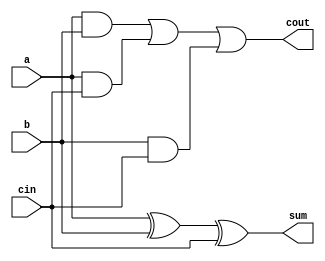
module fulladd(input wire a, b, cin, output wire sum, cout);
wire [4:0] t;
xor x0(t[0], a, b);
xor x1(sum, t[0], cin);
and a0(t[1], a, b);
and a1(t[2], a, cin);
and a2(t[3], b, cin);
or o0(t[4], t[1], t[2]);
or o1(cout, t[4], t[3]);
endmodule